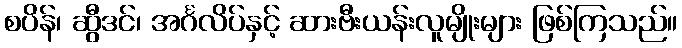
စပိန်၊ ဆွီဒင်၊ အင်္ဂလိပ်နှင့် ဆားဗီးယန်းလူမျိုးများ ဖြစ်ကြသည်။